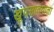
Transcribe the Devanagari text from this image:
खूपसावयाला